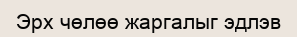
Эрх чөлөө жаргалыг эдлэв